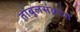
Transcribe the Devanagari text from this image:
तांबूलसंक्रांत